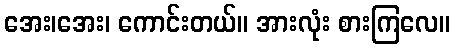
အေး၊အေး၊ ကောင်းတယ်။ အားလုံး စားကြလေ။